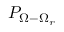
P _ { \Omega - \Omega _ { r } }